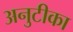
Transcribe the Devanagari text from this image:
अनुटीका